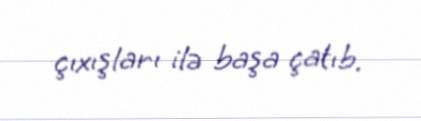
çıxışları ilə başa çatıb.